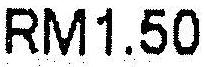
RM1.50